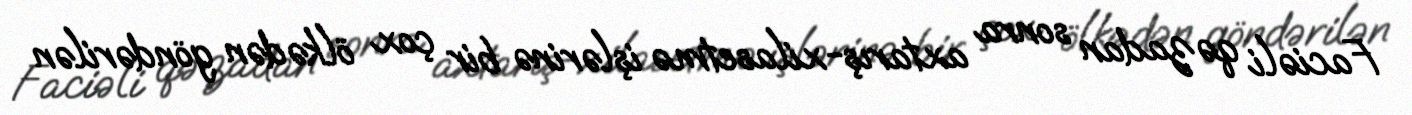
Faciəli qəzadan sonra axtarış-xilasetmə işlərinə bir çox ölkədən göndərilən